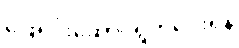
ဖြေရှင်းဆောင်ရွက်ပေးရန်